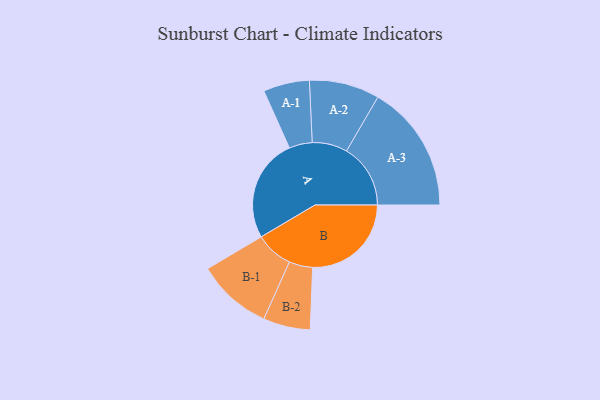
{"axis": {"x": "Segment", "y": "Value"}, "legend": ["", "A", "B"], "data": [{"x": "A", "y": 447, "type": ""}, {"x": "B", "y": 427, "type": ""}, {"x": "A-1", "y": 100, "type": "A"}, {"x": "A-2", "y": 152, "type": "A"}, {"x": "A-3", "y": 277, "type": "A"}, {"x": "B-1", "y": 163, "type": "B"}, {"x": "B-2", "y": 102, "type": "B"}]}